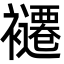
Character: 𮖽